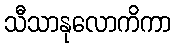
သီသာနုလောကိကာ